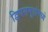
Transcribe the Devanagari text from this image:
द्विपसमूहांमध्ये